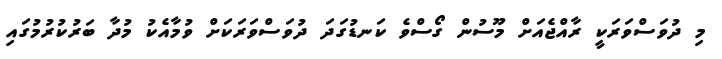
މި ދުވަސްވަރަކީ ރާއްޖެއަށް މޫސުން ގޯސްވެ ކަނޑުގަދަ ދުވަސްވަރަކަށް ވުމާއެކު މުދާ ބަރުކުރުމުގައި